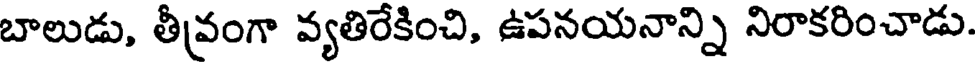
బాలుడు, తీవ్రంగా వ్యతిరేకించి, ఉపనయనాన్ని నిరాకరించాడు.